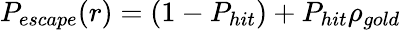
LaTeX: P_{escape}(r)=(1-P_{hit})+P_{hit}\rho_{gold}